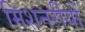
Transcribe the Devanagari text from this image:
मिशनरीयों